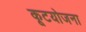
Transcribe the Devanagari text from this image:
कूटयोजना